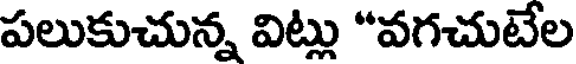
పలుకుచున్న విట్లు "వగచుటేల